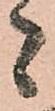
者